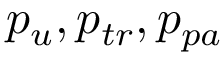
p _ { u } , p _ { t r } , p _ { p a }